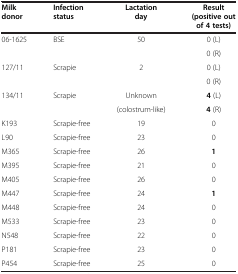
<table><thead><tr><td><b>Milk donor</b></td><td><b>Infection status</b></td><td><b>Lactation day</b></td><td><b>Result (positive out of 4 tests)</b></td></tr></thead><tbody><tr><td>06-1625</td><td>BSE</td><td>50</td><td>0 (L)</td></tr><tr><td> </td><td> </td><td> </td><td>0 (R)</td></tr><tr><td>127/11</td><td>Scrapie</td><td>2</td><td>0 (L)</td></tr><tr><td> </td><td> </td><td> </td><td>0 (R)</td></tr><tr><td>134/11</td><td>Scrapie</td><td>Unknown</td><td><b>4</b> (L)</td></tr><tr><td> </td><td> </td><td>(colostrum-like)</td><td><b>4</b> (R)</td></tr><tr><td>K193</td><td>Scrapie-free</td><td>19</td><td>0</td></tr><tr><td>L90</td><td>Scrapie-free</td><td>23</td><td>0</td></tr><tr><td>M365</td><td>Scrapie-free</td><td>26</td><td><b>1</b></td></tr><tr><td>M395</td><td>Scrapie-free</td><td>21</td><td>0</td></tr><tr><td>M405</td><td>Scrapie-free</td><td>26</td><td>0</td></tr><tr><td>M447</td><td>Scrapie-free</td><td>24</td><td><b>1</b></td></tr><tr><td>M448</td><td>Scrapie-free</td><td>24</td><td>0</td></tr><tr><td>M533</td><td>Scrapie-free</td><td>23</td><td>0</td></tr><tr><td>N548</td><td>Scrapie-free</td><td>22</td><td>0</td></tr><tr><td>P181</td><td>Scrapie-free</td><td>23</td><td>0</td></tr><tr><td>P454</td><td>Scrapie-free</td><td>25</td><td>0</td></tr></tbody></table>